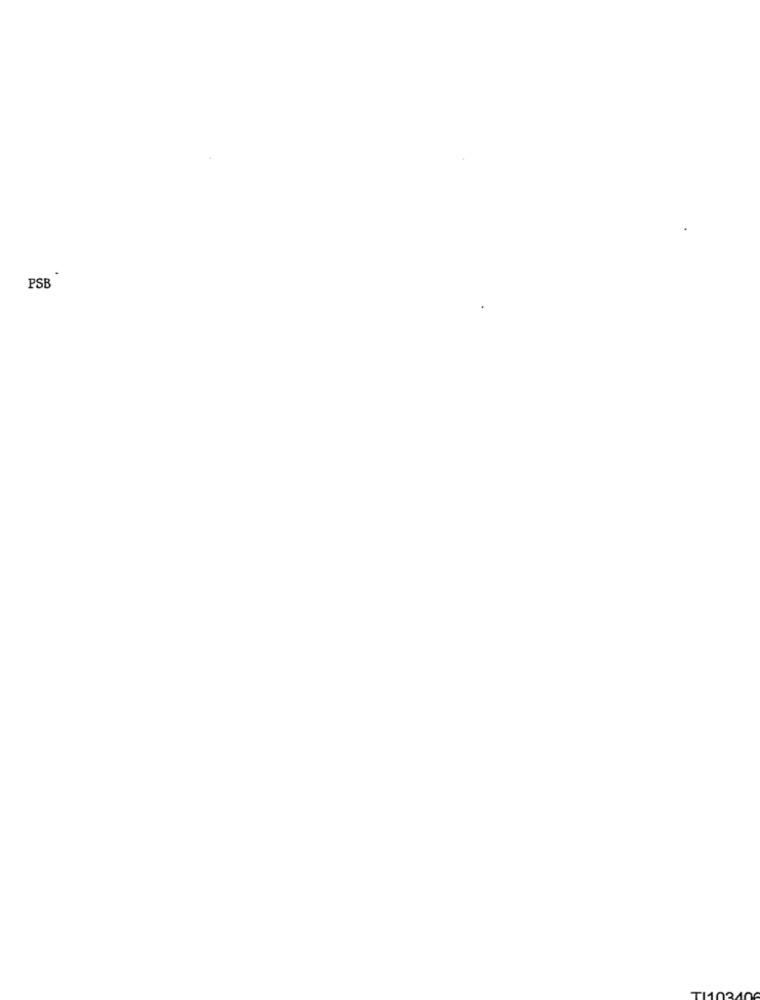
PSB